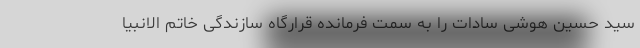
سید حسین هوشی سادات را به سمت فرمانده قرارگاه سازندگی خاتم الانبیا